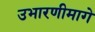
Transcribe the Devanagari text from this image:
उभारणीमागे